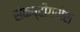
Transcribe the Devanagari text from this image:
संकष्टीगणेश